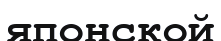
японской